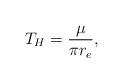
LaTeX: \begin{align*}T_{H} = \frac{\mu}{\pi r_{e}}, \end{align*}